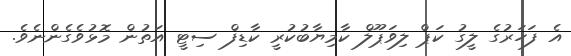
އެ ފަހަރުގެ ލީގު ކަޕް ލިވަޕޫލް ކާމިޔާބުކުރީ ކާޑިފް ސިޓީ އަތުން މޮޅުވެގެންނެވެ.